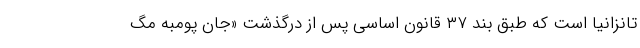
تانزانیا است که طبق بند ۳۷ قانون اساسی پس از درگذشت «جان پومبه مگ